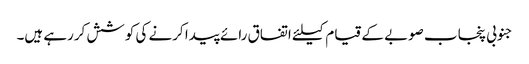
جنوبی پنجاب صوبے کے قیام کیلئے اتفاق رائے پیدا کرنے کی کوشش کررہے ہیں۔